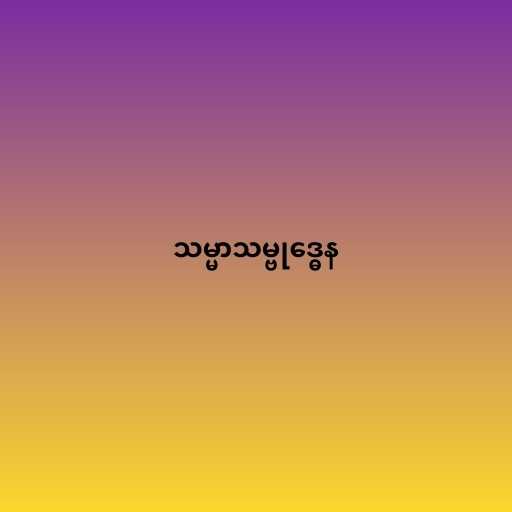
သမ္မာသမ္ဗုဒ္ဓေန